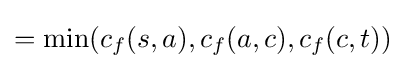
=\min(c_{f}(s,a),c_{f}(a,c),c_{f}(c,t))